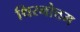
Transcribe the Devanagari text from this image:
थिरनोत्तम